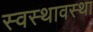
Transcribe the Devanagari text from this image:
स्वस्थावस्था